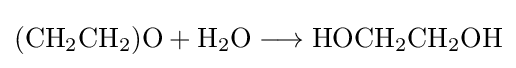
{(\mathrm {CH} {\vphantom {A}}_{\smash[{t}]{2}}\mathrm {CH} {\vphantom {A}}_{\smash[{t}]{2}})\mathrm {O} {}+{}\mathrm {H} {\vphantom {A}}_{\smash[{t}]{2}}\mathrm {O} {}\mathrel {\longrightarrow } {}\mathrm {HOCH} {\vphantom {A}}_{\smash[{t}]{2}}\mathrm {CH} {\vphantom {A}}_{\smash[{t}]{2}}\mathrm {OH} }